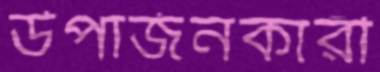
উপার্জনকারী